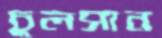
চুলসান